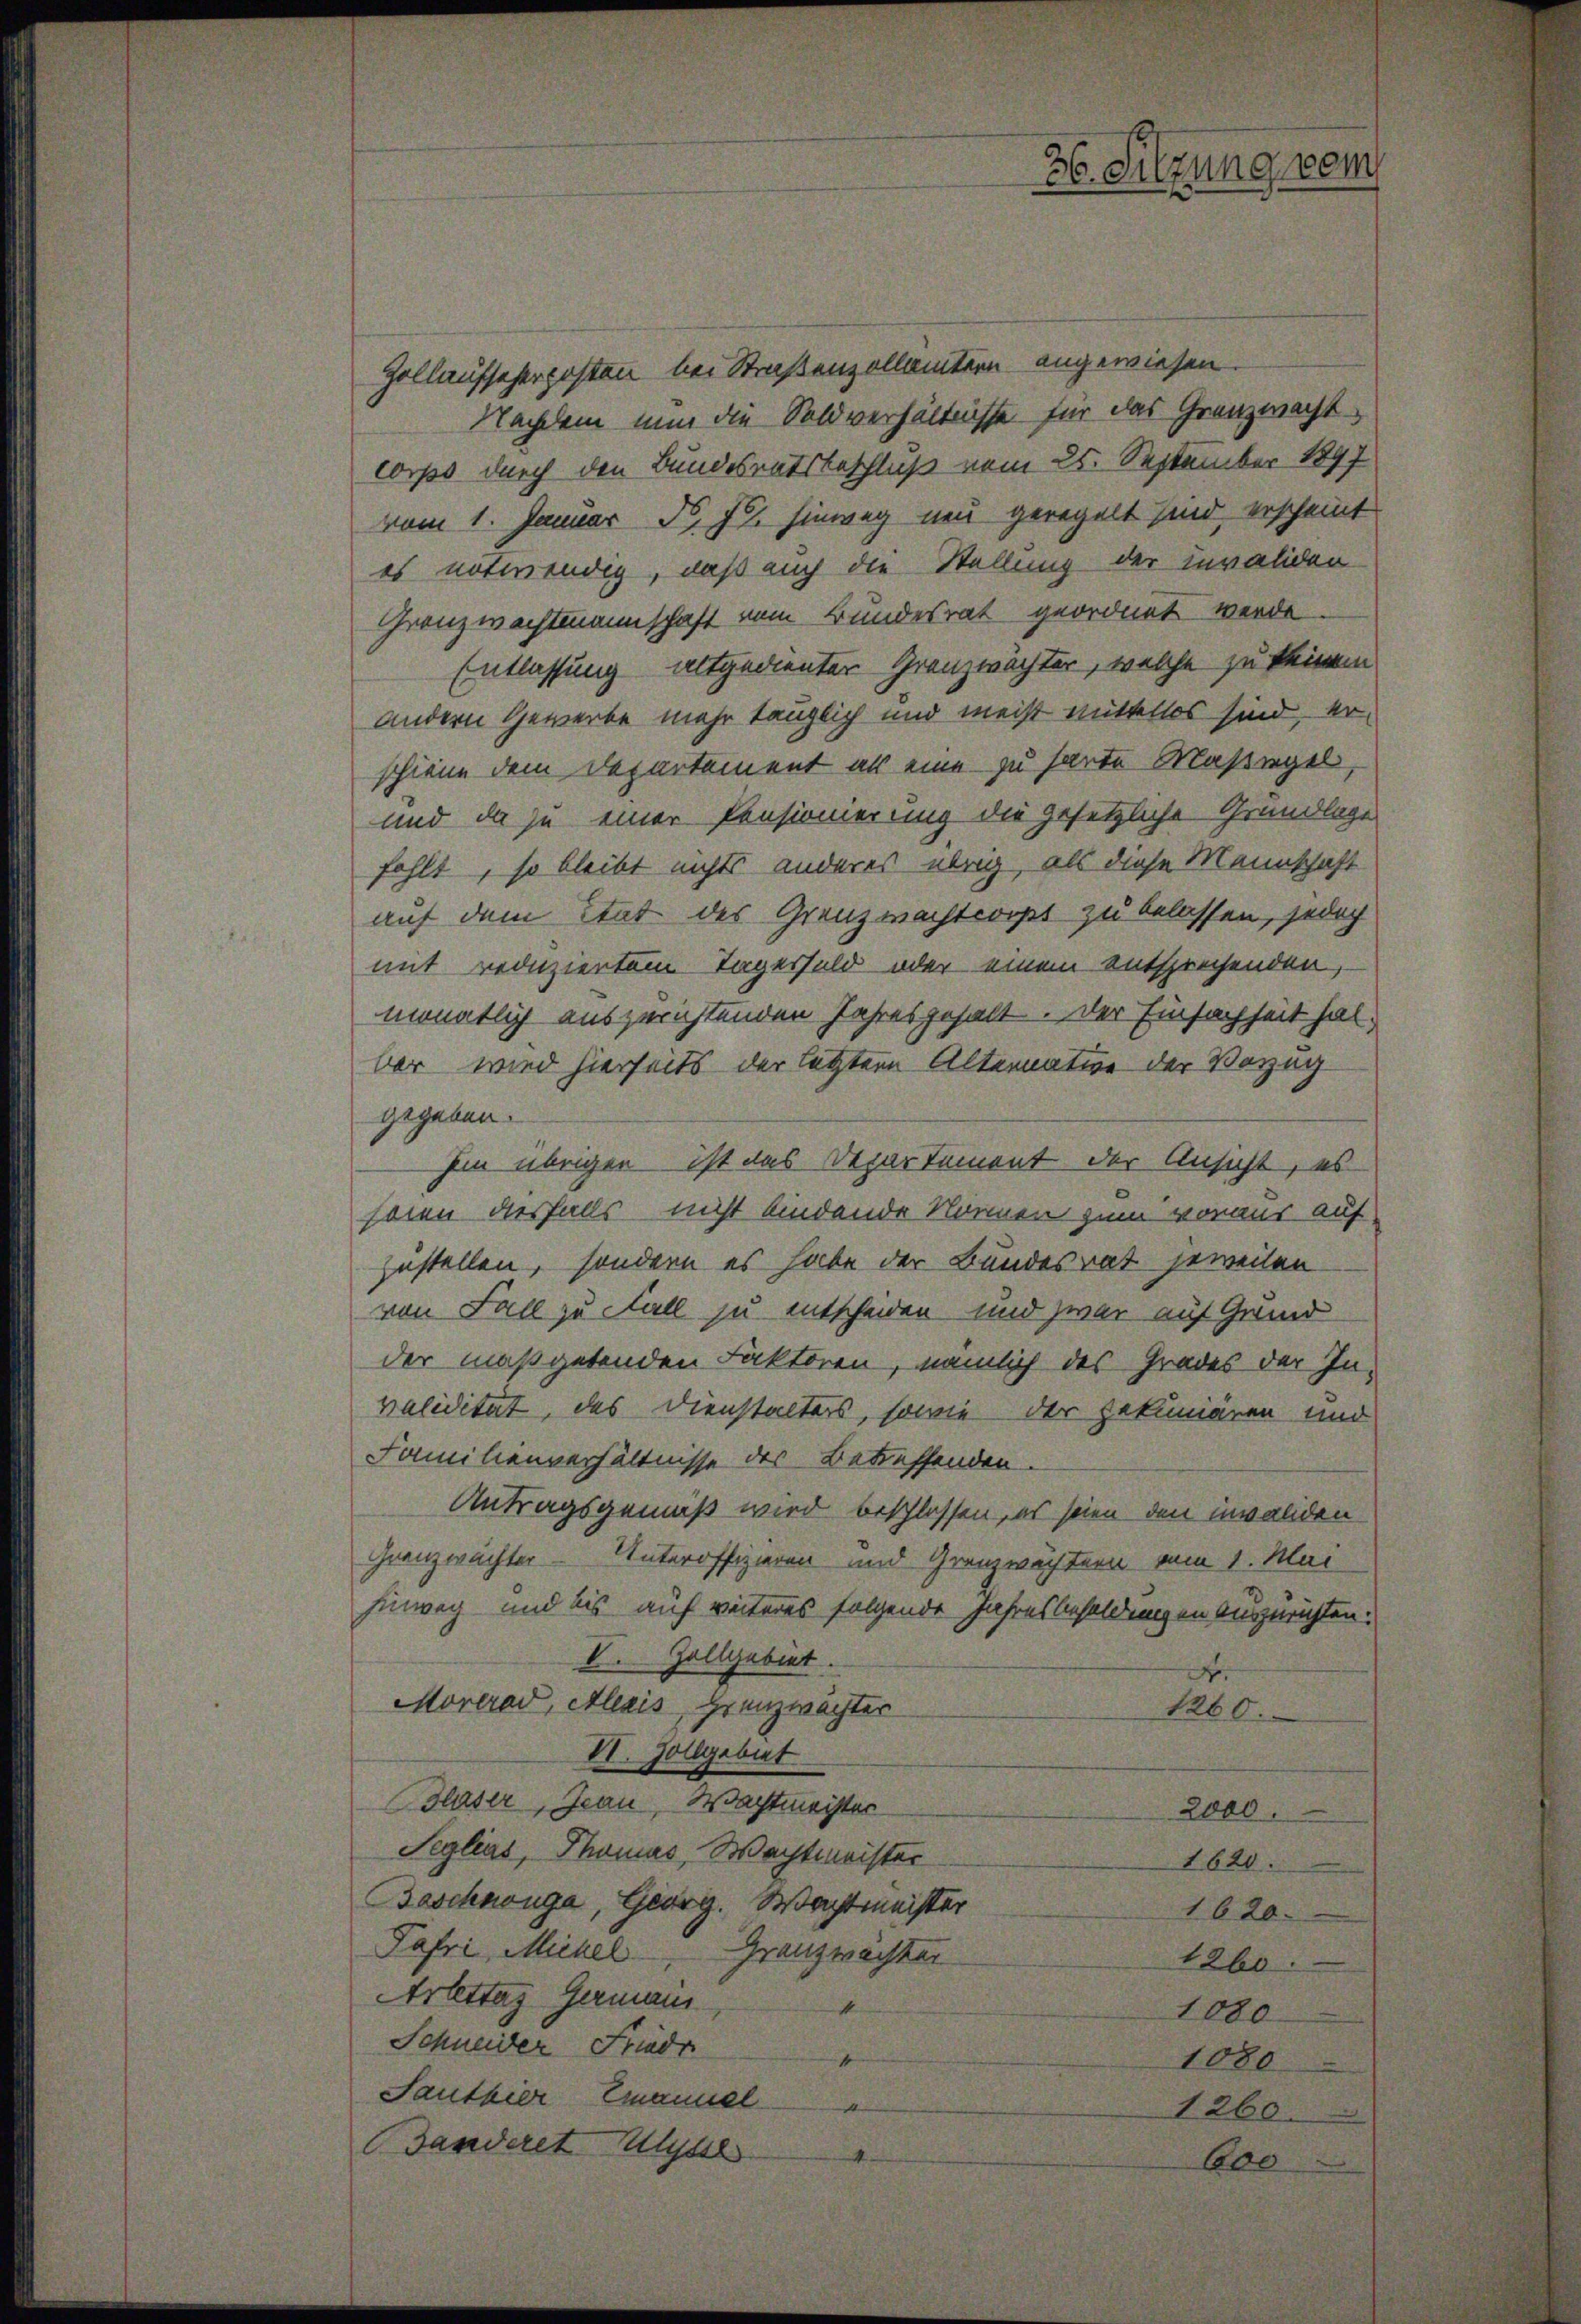
36. Silzung vom

Hollaufseherposten bei Straßenzollämtern angewiesen.
Nachdem nun die Soldverhältnisse für das Grenzwachtcorps durch den Bundesratsbeschluß vom 25. September 1897
vom 1. Januar d. Js. hinweg neu geregelt sind, erscheint
es notwendig, daß auch die Stellung der invaliden
Grenzwachtmannschaft vom Bundesrat geordnet werde
Entlassung altgedienter Granzwächter, welche zu keinem
andern Gewerbe mehr tauglich und meist mittellos sind, erschiene dem Departement als eine zu harte Maßregel,
und da zu einer Pensionierung die gesetzliche Grundlage
fehlt, so bleibt nichts anderes übrig, als diese Mannschaft
auf dem Stat des Grenzmachtcorpt zu belassen, jedoch
mit reduziertem Tagesfeld oder einem entsprechenden,
monatlich auszurichtenden Jahresgehalt. Der Einfachheit halbar wird hierseits der letztere Alternation der Vorzug
gegeben.
hin übrigen ist das Departement der Ansicht, es
seien desfalls nicht bindende Normen zum voraus auf
zustellen, sondern es habe der Bundesrat jeweilen
von Fall zu Fall zu entscheiden und zwar auf Grund
der maßgebenden Faktoren, nämlich des Grades der In-
validität, das Dienstalters, sowie der pekuniären und
Familienverhältnisse des Betreffenden.
Antragsgemäß wird beschlossen, es seien den invaliden
Granzwächter Unteroffizieren und Granzwachtern vom 1. Mai
hinweg und bis auf weiteres folgende Jahresbesoldungen auszurichten:
V. Zollgabirt.
B
Morerad, Alexis, Grenzwächter
1260.
VI. Zollgebiet
Blaser, Jeau, Wachtmeister
2000.
Seglias, Thomas, Wachtmeister
1620.
Baschnanga Georg. Wachtmeister
1620.
Jafri, Michel Granzwachter
1260.
Arlettes Germann
1
1080
Schneider Friedr
f
1080
Sauthier Emanuel
d
1260
Ganderet Ulysse
100